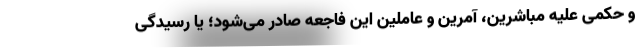
و حکمی علیه مباشرین، آمرین و عاملین این فاجعه صادر می‌شود؛ یا رسیدگی